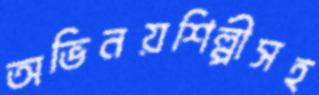
অভিনয়শিল্পীসহ